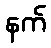
နက်